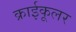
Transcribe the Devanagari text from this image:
क्राईकूलर